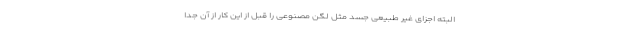
البته اجزای غیر طبیعی جسد مثل لگن مصنوعی را قبل از این کار از آن جدا